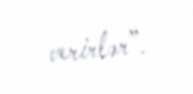
verirlər”.